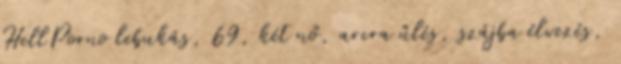
HellPorno lebukás, 69, két nő, arcra űlés, szájba élvezés,